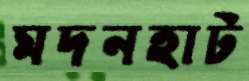
মদনহাট